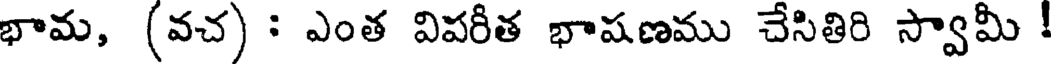
భామ, (వచ) : ఎంత విపరీత భాషణము చేసితిరి స్వామీ !